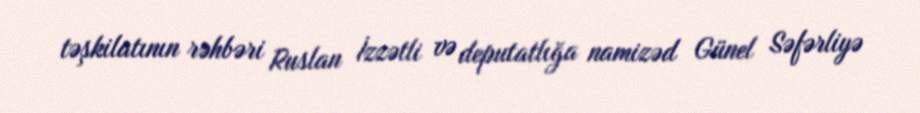
təşkilatının rəhbəri Ruslan İzzətli və deputatlığa namizəd Günel Səfərliyə